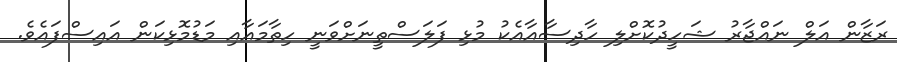
ރަޒާން އަލް ނައްޖާރު ޝަހީދުކޮށްލި ހާދިސާއާއެކު މުޅި ފަލަސްތީނަށްވަނީ ހިތާމައާއި މަޑުމޮޅިކަން އައިސްފައެވެ.